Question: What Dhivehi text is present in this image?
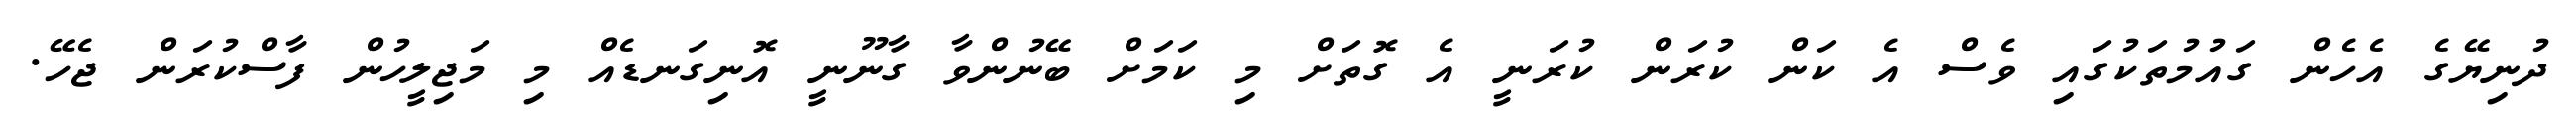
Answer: ދުނިޔޭގެ އެހެން ގައުމުތަކުގައި ވެސް އެ ކަން ކުރަން ކުރަނީ އެ ގޮތަށް މި ކަމަށް ބޭނުންވާ ގާނޫނީ އޮނިގަނޑެއް މި މަޖިލީހުން ފާސްކުރަން ޖެހޭ.